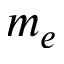
m _ { e }